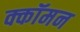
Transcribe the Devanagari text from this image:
क्कॉमन